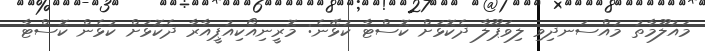
މައުލޫމާތު މުއްސަނދިވި ލިވަޕޫލާ ދެކޮޅަށް ކޮސްޓާ ކުޅޭނެ: މޮރީނިއޯކިއުޕީއާރާ ދެކޮޅަށް ކުޅެން ކޮސްޓާ